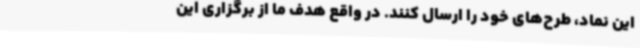
این نماد، طرح‌های خود را ارسال کنند. در واقع هدف ما از برگزاری این